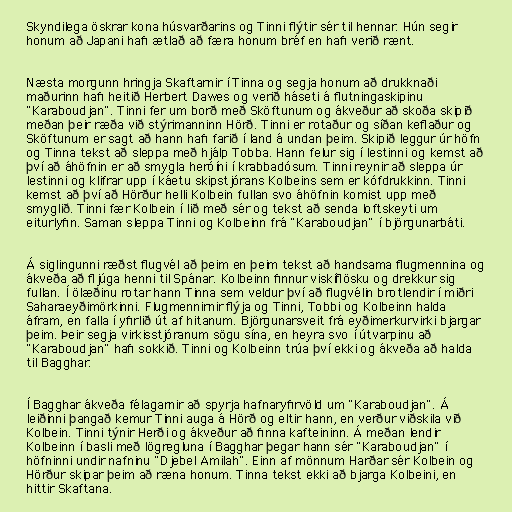
Skyndilega öskrar kona húsvarðarins og Tinni flýtir sér til hennar. Hún segir
honum að Japani hafi ætlað að færa honum bréf en hafi verið rænt.

Næsta morgunn hringja Skaftarnir í Tinna og segja honum að drukknaði
maðurinn hafi heitið Herbert Dawes og verið háseti á flutningaskipinu
"Karaboudjan". Tinni fer um borð með Sköftunum og ákveður að skoða skipið
meðan þeir ræða við stýrimanninn Hörð. Tinni er rotaður og síðan keflaður og
Sköftunum er sagt að hann hafi farið í land á undan þeim. Skipið leggur úr höfn
og Tinna tekst að sleppa með hjálp Tobba. Hann felur sig í lestinni og kemst að
því að áhöfnin er að smygla heróíni í krabbadósum. Tinni reynir að sleppa úr
lestinni og klifrar upp í káetu skipstjórans Kolbeins sem er kófdrukkinn. Tinni
kemst að því að Hörður helli Kolbein fullan svo áhöfnin komist upp með
smyglið. Tinni fær Kolbein í lið með sér og tekst að senda loftskeyti um
eiturlyfin. Saman sleppa Tinni og Kolbeinn frá "Karaboudjan" í björgunarbáti.

Á siglingunni ræðst flugvél að þeim en þeim tekst að handsama flugmennina og
ákveða að fljúga henni til Spánar. Kolbeinn finnur viskíflösku og drekkur sig
fullan. Í ölæðinu rotar hann Tinna sem veldur því að flugvélin brotlendir í miðri
Saharaeyðimörkinni. Flugmennirnir flýja og Tinni, Tobbi og Kolbeinn halda
áfram, en falla í yfirlið út af hitanum. Björgunarsveit frá eyðimerkurvirki bjargar
þeim. Þeir segja virkisstjóranum sögu sína, en heyra svo í útvarpinu að
"Karaboudjan" hafi sokkið. Tinni og Kolbeinn trúa því ekki og ákveða að halda
til Bagghar.

Í Bagghar ákveða félagarnir að spyrja hafnaryfirvöld um "Karaboudjan". Á
leiðinni þangað kemur Tinni auga á Hörð og eltir hann, en verður viðskila við
Kolbein. Tinni týnir Herði og ákveður að finna kafteininn. Á meðan lendir
Kolbeinn í basli með lögregluna í Bagghar þegar hann sér "Karaboudjan" í
höfninni undir nafninu "Djebel Amilah". Einn af mönnum Harðar sér Kolbein og
Hörður skipar þeim að ræna honum. Tinna tekst ekki að bjarga Kolbeini, en
hittir Skaftana.